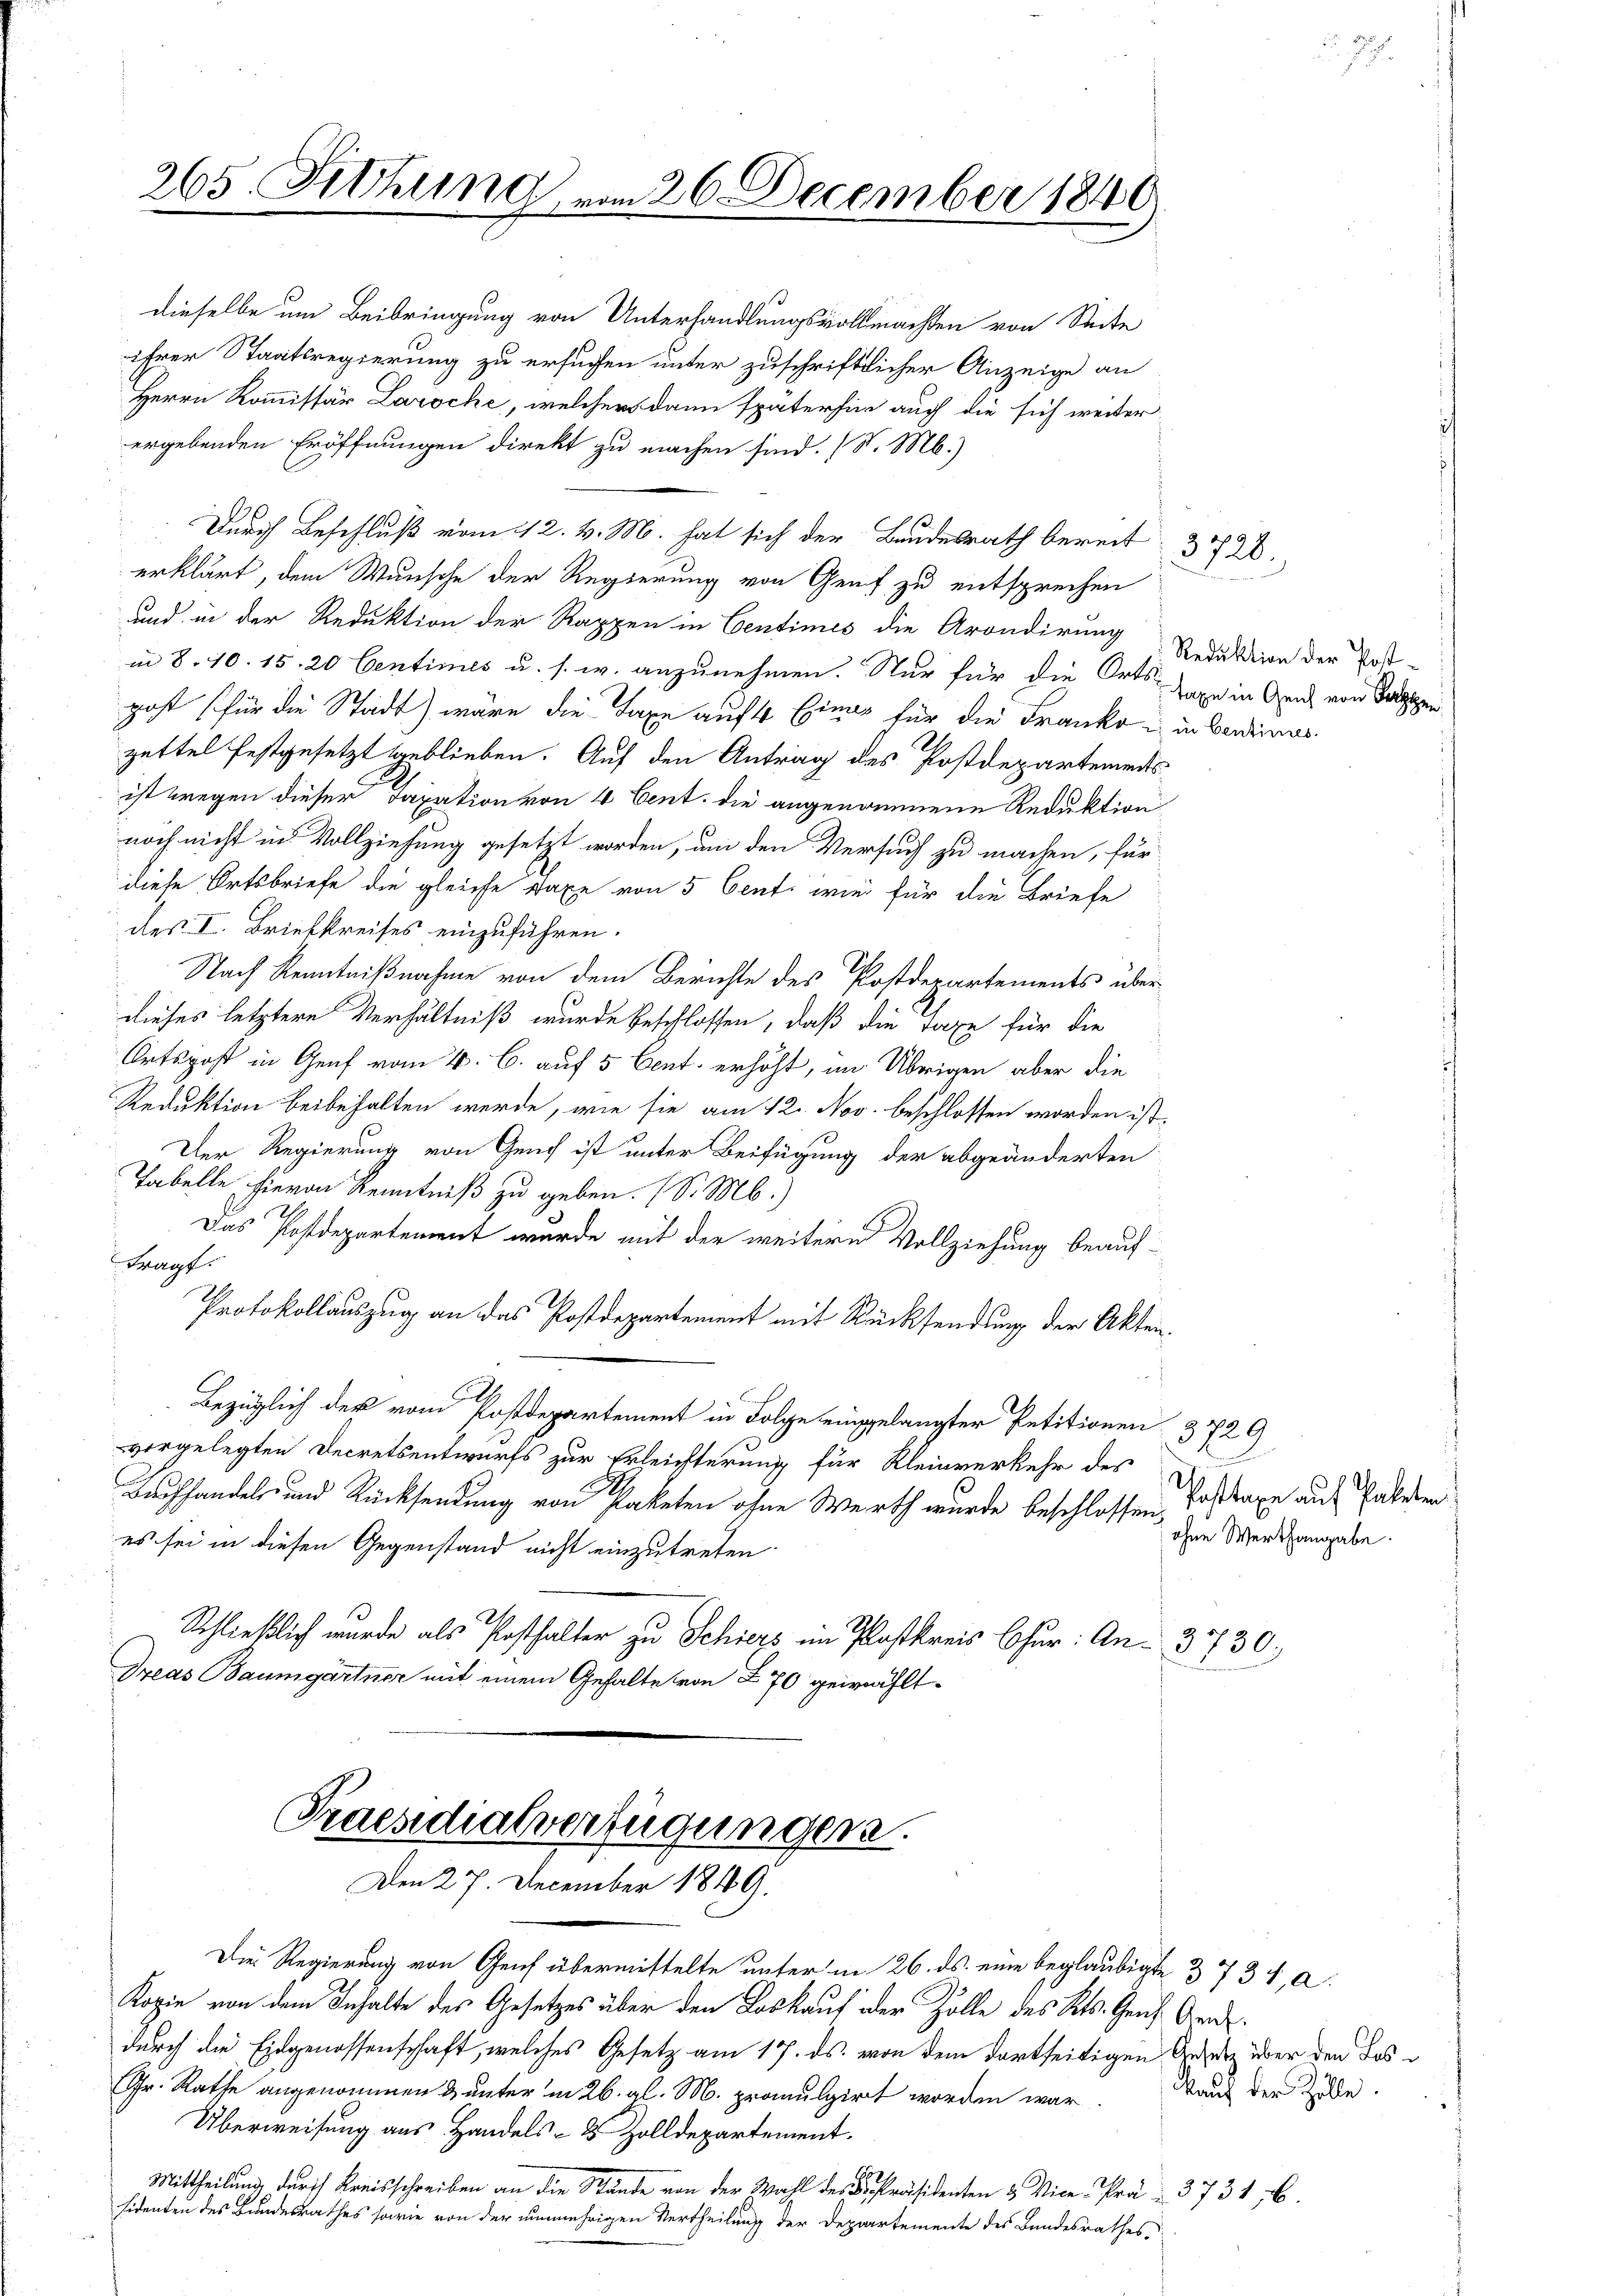
265. thung vom 26. December 1840

Die Regierung von Genf übermittelte unter in 26. ds. eine beglaubigte 3734, a
Kopie von dem Inhalte des Gesetzes über den Loskauf der Zölle des Kts. Genf. Gnad
durch die Eidgenossenschaft, welches Gesetz am 17. ds. von dem dortseitigen Gesetz über den Tos¬
Gr. Rathe angenommen & unter in 26. gl. M. promulgirt worden war
Überweisung aus Handels- & Zolldepartement.
Mittheilung durch Kreisschreiben an die Stände von der Wahl des K. Präsidenten & Vice-Prä- 3731 f.
sidenten des Bundesrathes sowie von der nunmehrigen Vertheilung der Departemente des Bandesrathes.

dieselbe um Beibringung von Unterhandlungsvollmachten von Seite
ihrer Staatsregierung zu ersuchen unter zuschriftlicher Anzeige an
Herrn Kommissär Laroche, welcher dann späterhin auch die sich weiter
ergebenden Eröffnungen direkt zu machen sind. (S. Mb.)
Durch Beschluß vom 12. v. M. hat sich der Bundesrath bereit 3720.
erklärt, dem Wunsche der Regierung von Genf zu entsprechen
und in der Reduktion der Rappen in Centimes die Arondirung Reduktion der Post-
in 8. 10. 15. 20 Centimes u. s. w. anzunehmen. Nur für die Orts Tage in Genf von Sappen
gast für die Stadt) wäre die Taxe auf 4. Eines für die Franke u. in Bereines
zettel festgesetzt geblieben. Auf den Antrag des Postdepartementsist wegen dieser Taxation von 4 Cent. die angenommene Reduktion
noch nicht in Vollziehung gesetzt worden, um den Versuch zu machen, für
diese Ortsbriefe die gleiche Taxe von 5 Cent: wie für die Briefe
des I. Briebkreises einzuführen.
Nach Kenntnißnahme von dem Berichte des Postdepartements über
dieses letztere Verhältniß wurde beschlossen, daß die Taxe für die
Ortspost in Genf vom 4. b. auf 5 Cent erhöht, im Übrigen aber die
Reduktion beibehalten werde, wie sie am 12. Nov. beschlossen worden ist.
Der Regierung von Genf ist unter Beifügung der abgeänderten
Tabelle hievon Kenntniß zu geben. (S. M.)
Das Postdepartement wurde mit der weitere Vollziehung beauftragt.
Protokollauszug an das Postdepartement mit Rücksendung der Akten.
Bezüglich der vom Postdepartement in Folge eingelangter Petitionen 3729
vorgelegten Decretsentwurfs zur Erleichterung für Kleinverkehr des
A
Buchhandels- und Rücksendung von Paketen ohne Werth wurde beschlossen, Posttaxe auf Paleren
es sei in diesen Gegenstand nicht einzutreten.
Schließlich wurde als Posthalter zu Schiers im Postkreis Chur: An 37730.
Dreas Baumgartner mit einem Gehalte von 870 gewählt.

Praesidialverfügungen.
Den 27. December 1849.

ohne Werthangabe.

kauf der Zolle.